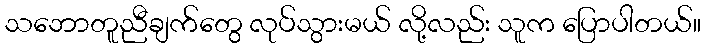
သဘောတူညီချက်တွေ လုပ်သွားမယ် လို့လည်း သူက ပြောပါတယ်။